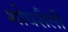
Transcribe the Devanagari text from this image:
शोधशैली